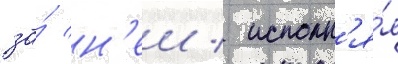
за́ н'еи / исполн'я́я